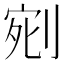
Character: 𭃰